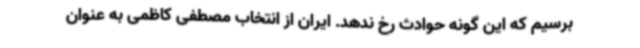
برسیم که این گونه حوادث رخ ندهد. ایران از انتخاب مصطفی کاظمی به عنوان